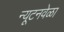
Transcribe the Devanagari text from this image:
न्यूटनवेळा